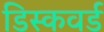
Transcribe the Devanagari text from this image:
डिस्कवर्ड